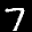
Label: 7